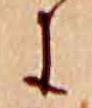
に